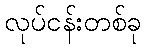
လုပ်ငန်းတစ်ခု